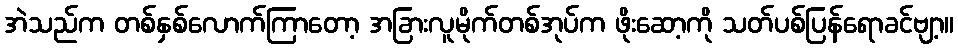
အဲသည်က တစ်နှစ်လောက်ကြာတော့ အခြားလူမိုက်တစ်အုပ်က ဖိုးဆော့ကို သတ်ပစ်ပြန်ရောခင်ဗျာ့။